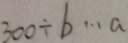
3 0 0 \div b \cdots a